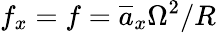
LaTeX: f_{x}=f=\overline{{a}}_{x}\Omega^{2}/R